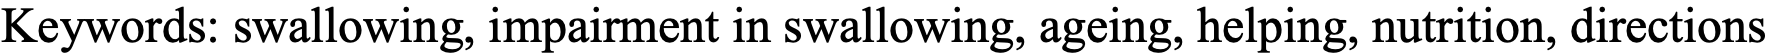
Keywords: swallowing, impairment in swallowing, ageing, helping, nutrition, directions